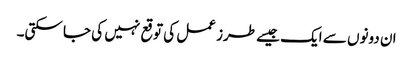
ان دونوں سے ایک جیسے طرز عمل کی توقع نہیں کی جا سکتی۔